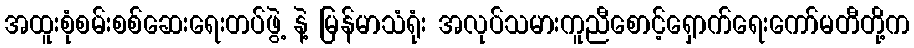
အထူးစုံစမ်းစစ်ဆေးရေးတပ်ဖွဲ့ နဲ့ မြန်မာသံရုံး အလုပ်သမားကူညီစောင့်ရှောက်ရေးကော်မတီတို့က